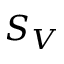
S _ { V }